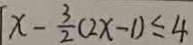
x - \frac { 3 } { 2 } ( 2 x - 1 ) \leq 4